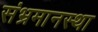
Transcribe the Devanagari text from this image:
संभ्रमानस्था